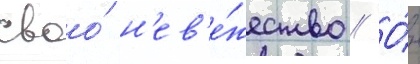
своо́ н'ев'е́жество // О́н